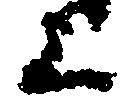
上